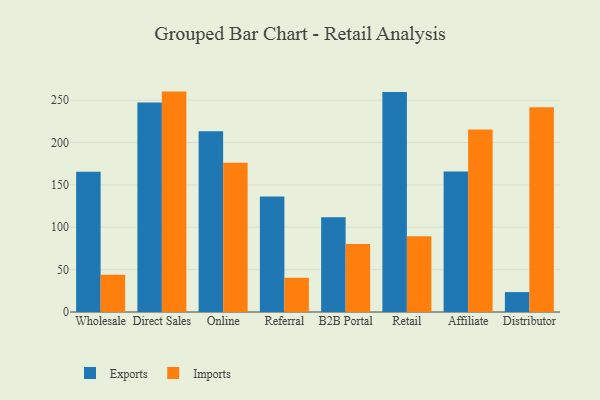
{"axis": {"x": "Channel", "y": "Website Visitors"}, "legend": ["Exports", "Imports"], "data": [{"x": "Wholesale", "y": 165.4, "type": "Exports"}, {"x": "Wholesale", "y": 44.1, "type": "Imports"}, {"x": "Direct Sales", "y": 247.1, "type": "Exports"}, {"x": "Direct Sales", "y": 260.1, "type": "Imports"}, {"x": "Online", "y": 213.4, "type": "Exports"}, {"x": "Online", "y": 176.0, "type": "Imports"}, {"x": "Referral", "y": 136.2, "type": "Exports"}, {"x": "Referral", "y": 40.4, "type": "Imports"}, {"x": "B2B Portal", "y": 111.9, "type": "Exports"}, {"x": "B2B Portal", "y": 80.3, "type": "Imports"}, {"x": "Retail", "y": 259.5, "type": "Exports"}, {"x": "Retail", "y": 89.3, "type": "Imports"}, {"x": "Affiliate", "y": 165.8, "type": "Exports"}, {"x": "Affiliate", "y": 215.3, "type": "Imports"}, {"x": "Distributor", "y": 23.5, "type": "Exports"}, {"x": "Distributor", "y": 241.6, "type": "Imports"}]}